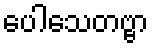
ပေါသေတဗ္ဗာ